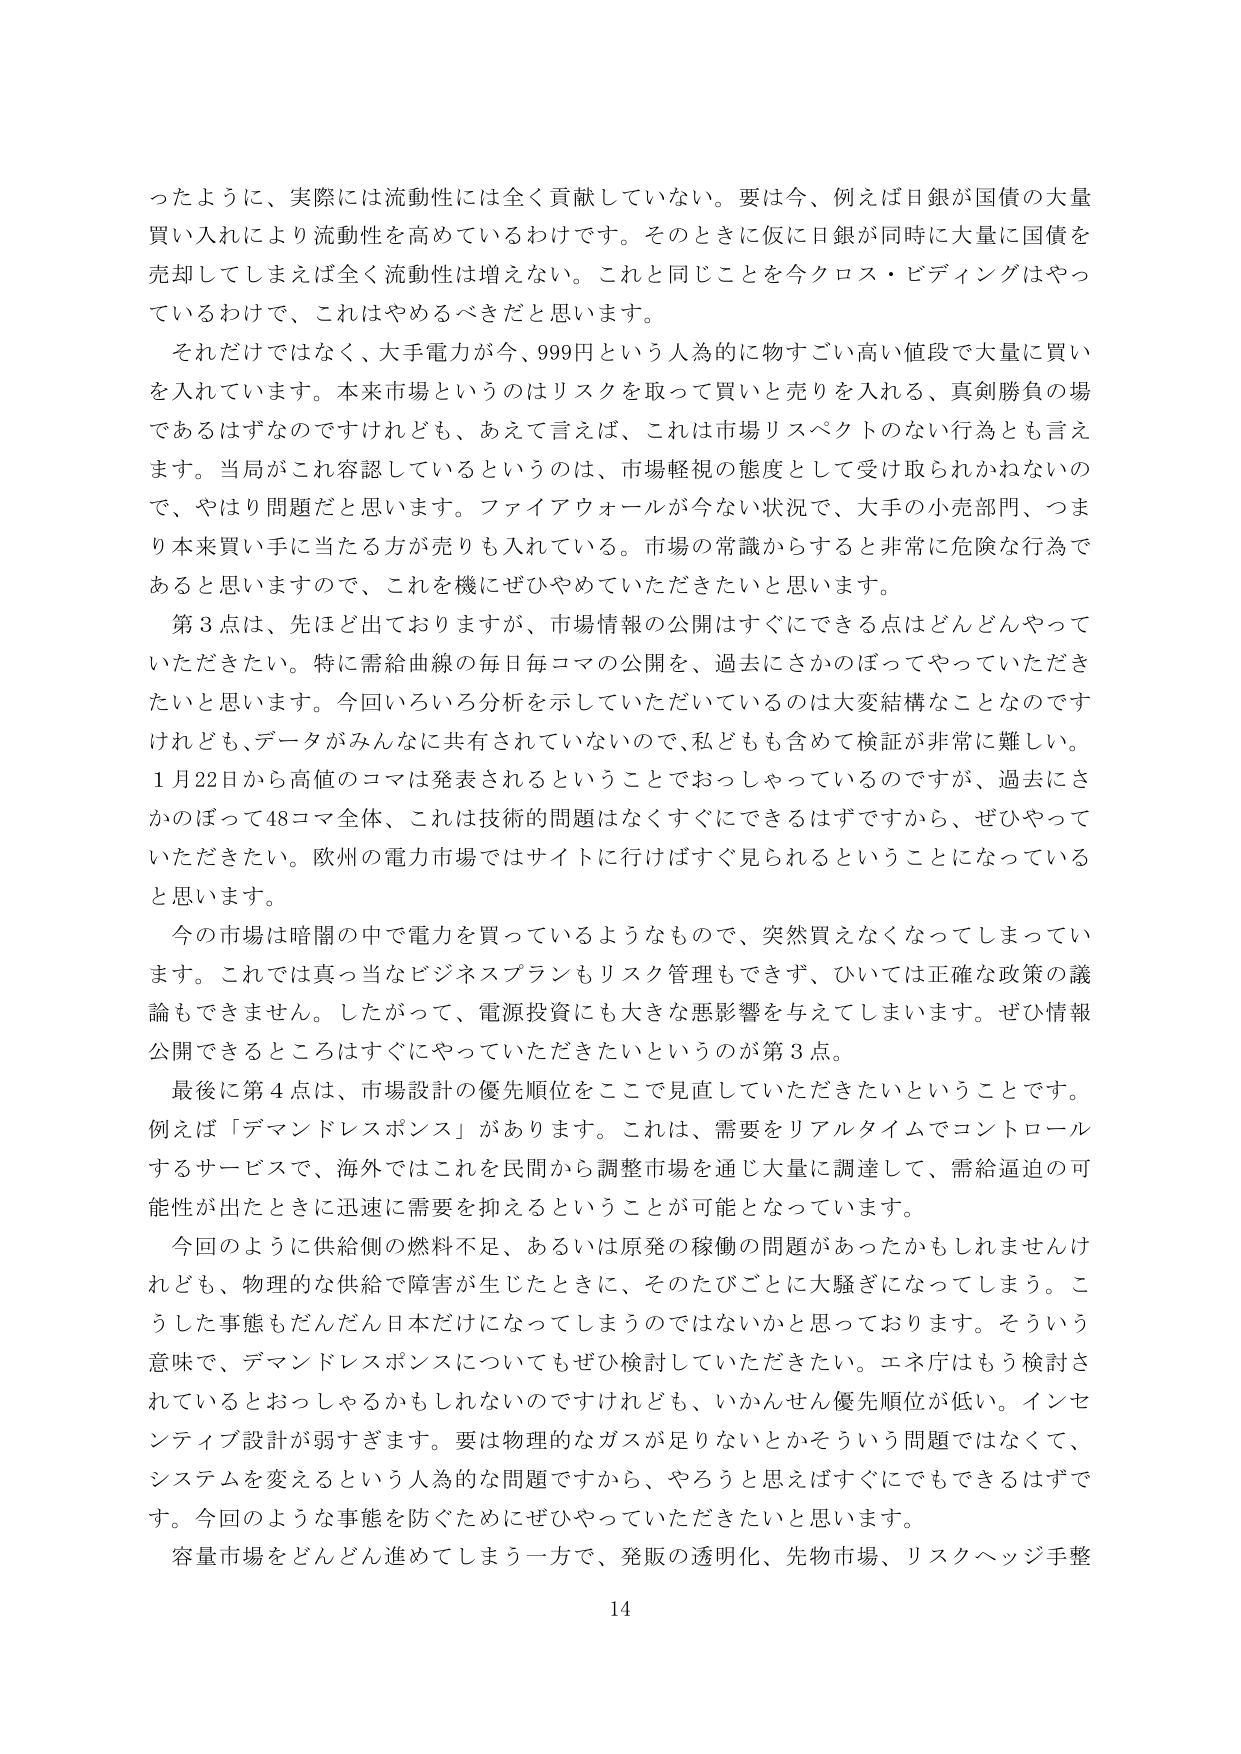
ったように、実際には流動性には全く貢献していない。要は今、例えば日銀が国債の大量買い入れにより流動性を高めているわけです。そのときに仮に日銀が同時に大量に国債を売却してしまえば全く流動性は増えない。これと同じことを今クロス・ビディングはやっているわけで、これはやめるべきだと思います。

それだけではなく、大手電力が今、999円という人為的に物すごい高い値段で大量に買いを入れています。本来市場というのはリスクを取って買いと売りを入れる、真剣勝負の場であるはずなのですけれども、あえて言えば、これは市場リスペクトのない行為とも言えます。当局がこれ容認しているというのは、市場軽視の態度として受け取られかねないので、やはり問題だと思います。ファイアウォールが今ない状況で、大手の小売部門、つまり本来買い手に当たる方が売りも入れている。市場の常識からすると非常に危険な行為であると思いますので、これを機にぜひやめていただきたいと思います。

第3点は、先ほど出ておりますが、市場情報の公開はすぐにできる点はどんどんやっていただきたい。特に需給曲線の毎日毎コマの公開を、過去にさかのぼってやっていただきたいと思います。今回いろいろ分析を示していただいているのは大変結構なことなのですが、データがみんなに共有されていないので、私どもも含めて検証が非常に難しい。1月22日から高値のコマは発表されるということでおっしゃっているのですが、過去にさかのぼって48コマ全体、これは技術的問題はなくすぐにできるはずですから、ぜひやっていただきたい。欧州の電力市場ではサイトに行けばすぐ見られるということになっていると思います。

今の市場は暗闇の中で電力を買っているようなもので、突然買えなくなってしまっています。これでは真っ当なビジネスプランもリスク管理もできず、ひいては正確な政策の議論もできません。したがって、電源投資にも大きな悪影響を与えてしまいます。ぜひ情報公開できるところはすぐにやっていただきたいというのが第3点。

最後に第4点は、市場設計の優先順位をここで見直していただきたいということです。例えば「デマンドレスポンス」があります。これは、需要をリアルタイムでコントロールするサービスで、海外ではこれを民間から調整市場を通じ大量に調達して、需給逼迫の可能性が出たときに迅速に需要を抑えるということが可能となっています。

今回のように供給側の燃料不足、あるいは原発の稼働の問題があったかもしれませんが、物理的な供給で障害が生じたときに、そのたびごとに大騒ぎになってしまう。こうした事態もだんだん日本だけになってしまうのではないかと思っております。そういう意味で、デマンドレスポンスについてもぜひ検討していただきたい。エネ庁はもう検討されているとおっしゃるかもしれないのですけれども、いかんせん優先順位が低い。インセンティブ設計が弱すぎます。要は物理的なガスが足りないとかそういう問題ではなくて、システムを変えるという人為的な問題ですから、やろうと思えばすぐにでもできるはずです。今回のような事態を防ぐためにぜひやっていただきたいと思います。

容量市場をどんどん進めてしまう一方で、発販の透明化、先物市場、リスクヘッジ手整

14